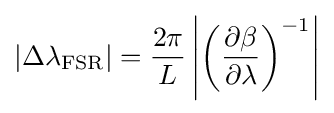
\left|\Delta \lambda _{\text{FSR}}\right|={\frac {2\pi }{L}}\left|\left({\frac {\partial \beta }{\partial \lambda }}\right)^{-1}\right|